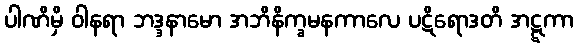
ပါဏိမှိ ဝါနရာ ဘဒ္ဒနာမော အဘိနိက္ခမနကာလေ ပဋိရောဒတိ အဋ္ဋကာ